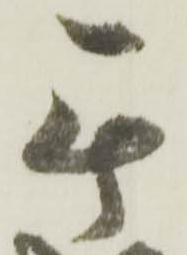
無